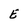
Character: E